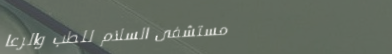
مستشفى السلام للطب والرعا